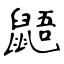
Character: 鼯